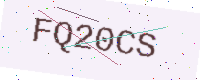
Text: FQ20CS